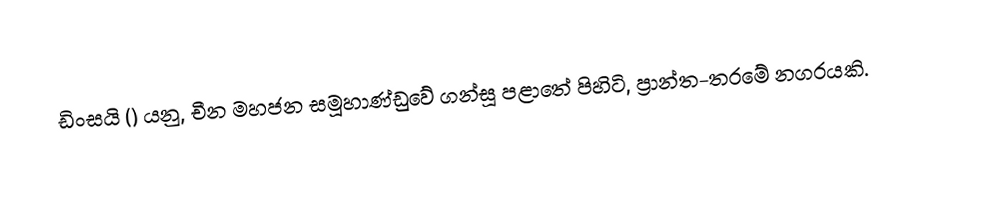
ඩිංසයි () යනු, චීන මහජන සමූහාණ්ඩුවේ ගන්සූ පළාතේ පිහිටි,  ප්‍රාන්ත-තරමේ නගරයකි.